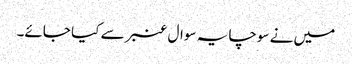
میں نے سوچا یہ سوال عنبر سے کیا جائے۔